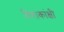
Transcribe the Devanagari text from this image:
निराकांक्षी